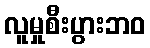
လူမှုစီးပွားဘဝ